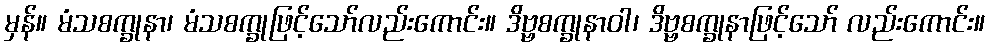
မှန်။ မံသစက္ခုနာ၊ မံသစက္ခုဖြင့်သော်လည်းကောင်း။ ဒိဗ္ဗစက္ခုနာဝါ၊ ဒိဗ္ဗစက္ခုနာဖြင့်သော် လည်းကောင်း။